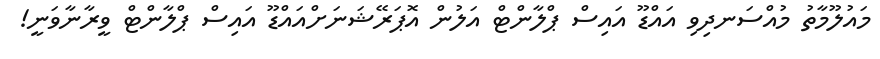
މައުލޫމާތު މުއްސަނދިވި އައްޑޫ އައިސް ޕްލާންޓް އަލުން އޮޕަރޭޝަނަށްއައްޑޫ އައިސް ޕްލާންޓް ވީރާނާވަނީ!